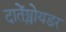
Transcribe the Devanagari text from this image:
दातेंश्लोयडर